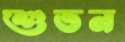
শুভন